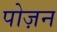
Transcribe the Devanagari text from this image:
पोज़न